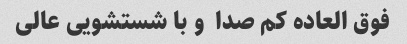
فوق العاده کم صدا  و با شستشویی عالی